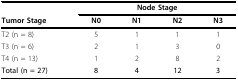
<table><thead><tr><td>[EMPTY_CELL]</td><td colspan="4"><b>Node Stage</b></td></tr><tr><td><b>Tumor Stage</b></td><td><b>N0</b></td><td><b>N1</b></td><td><b>N2</b></td><td><b>N3</b></td></tr></thead><tbody><tr><td>T2 (n = 8)</td><td>5</td><td>1</td><td>1</td><td>1</td></tr><tr><td>T3 (n = 6)</td><td>2</td><td>1</td><td>3</td><td>0</td></tr><tr><td>T4 (n = 13)</td><td>1</td><td>2</td><td>8</td><td>2</td></tr><tr><td><b>Total (n = 27)</b></td><td><b>8</b></td><td><b>4</b></td><td><b>12</b></td><td><b>3</b></td></tr></tbody></table>